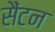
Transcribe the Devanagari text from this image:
सैंटन